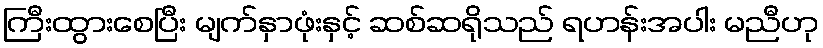
ကြီးထွားစေပြီး မျက်နှာဖုံးနှင့် ဆစ်ဆရိုသည် ရဟန်းအပါး မညီဟု